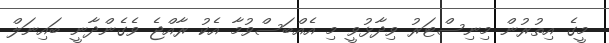
މީގެ އިތުރުން މިނިސްޓަރު ވިދާޅުވީ މި އެއްބަސްވުމާ އެކު ރާއްޖެ ވެގެންދާނީ ބައިނަލް